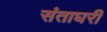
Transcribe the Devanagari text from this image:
संताघरीं